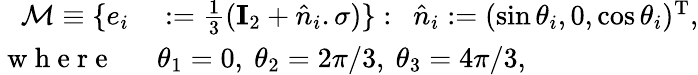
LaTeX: \begin{array}{rl}{\mathcal{M}\equiv\{ e_{i}}&{{}:=\frac{1}{3}(\mathbf{I}_{2}+\hat{n}_{i}.\sigma)\} :~~\hat{n}_{i}:=(\sin\theta_{i},0,\cos\theta_{i})^{\mathrm{T}},}\\ {\mathrm{~w~h~e~r~e~}~~}&{{}\theta_{1}=0,~\theta_{2}=2\pi/3,~\theta_{3}=4\pi/3,}\end{array}